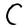
Character: C